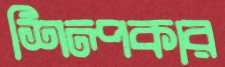
শিল্পকার